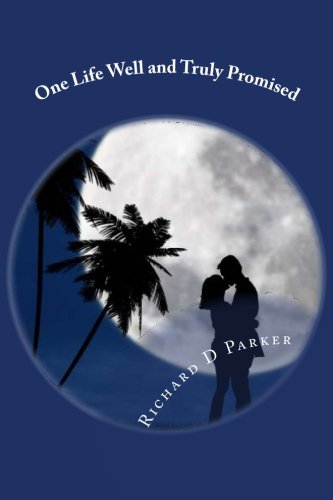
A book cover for One Life Well and Truly Promised; Richard D Parker; Romance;